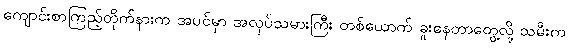
ကျောင်းစာကြည့်တိုက်နားက အပင်မှာ အလုပ်သမားကြီး တစ်ယောက် ခူးနေတာတွေ့လို့ သမီးက